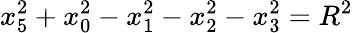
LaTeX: x_{5}^{2}+x_{0}^{2}-x_{1}^{2}-x_{2}^{2}-x_{3}^{2}=R^{2}